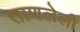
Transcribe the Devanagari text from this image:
ताणलेली